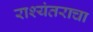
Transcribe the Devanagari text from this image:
राश्यंतराचा